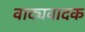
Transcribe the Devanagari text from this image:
वाद्यवादक